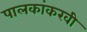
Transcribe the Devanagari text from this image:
पालकांकरवी